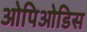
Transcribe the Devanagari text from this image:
ओपिओडिस